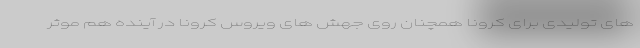
های تولیدی برای کرونا همچنان روی جهش های ویروس کرونا در آینده هم موثر